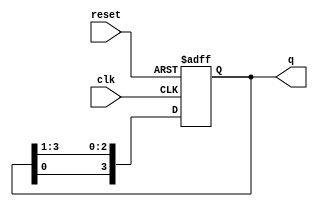
module ring_counter(clk,reset,q
    );
	 input clk,reset;
	 output reg [3:0] q;
	 
	 always @(posedge clk,negedge reset)begin
			if (!reset)
				q <= 4'b1000;
			else
				q <= {q[0],q[3:1]} ;
	 end

endmodule